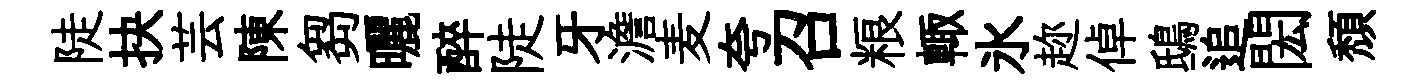
陡抉芸陳芻曬醉陡牙澹麦夸召粮輙氷趂倬鴟追閎頽